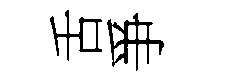
舌爭